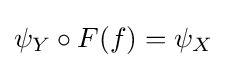
\psi _{Y}\circ F(f)=\psi _{X}